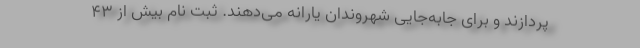
پردازند و برای جابه‌جایی شهروندان یارانه می‌دهند. ثبت نام بیش از ۴۳